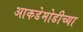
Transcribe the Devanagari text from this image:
आकडेमोडीच्या